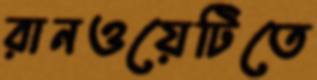
রানওয়েটিতে